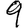
Digit: 9